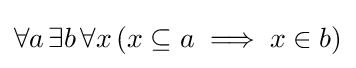
\forall a\,\exists b\,\forall x\,(x\subseteq a\implies x\in b)